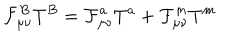
LaTeX: \mathcal { F } _ { \mu \nu } ^ { B } T ^ { B } = \mathcal { F } _ { \mu \nu } ^ { a } T ^ { a } + \mathcal { F } _ { \mu \nu } ^ { m } T ^ { m }